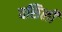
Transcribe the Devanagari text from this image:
वसिली